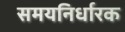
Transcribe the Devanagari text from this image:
समयनिर्धारक